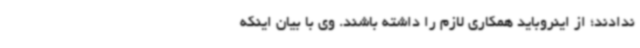
ندادند؛ از اینروباید همکاری لازم را داشته باشند. وی با بیان اینکه